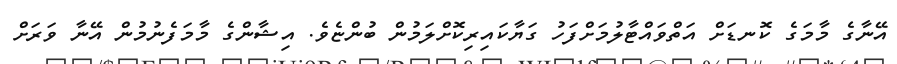
އޭނާގެ މާމަގެ ކޮނޑަށް އަތްވައްޓާލުމަށްފަހު ގަޔާކައިރިކޮށްލަމުން ބުންޏެވެ. އިޝާންގެ މާމަފެނުމުން އޭނާ ވަރަށް